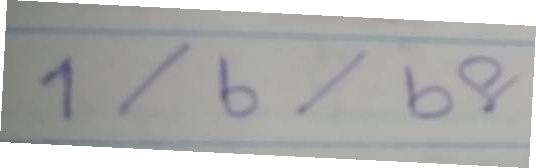
1/6/68